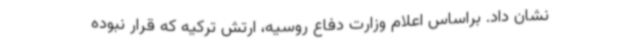
نشان داد. براساس اعلام وزارت دفاع روسیه، ارتش ترکیه که قرار نبوده